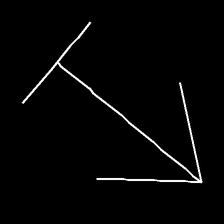
Glyph: levitation